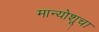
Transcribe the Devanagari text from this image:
मान्योशूचा